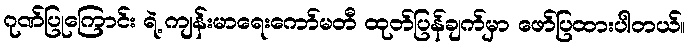
ဂုဏ်ပြုကြောင်း ရဲ့ ကျန်းမာရေးကော်မတီ ထုတ်ပြန်ချက်မှာ ဖော်ပြထားပါတယ်။